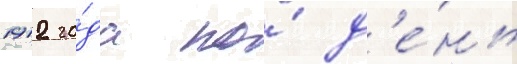
1912 го́да по́ д'е́нь